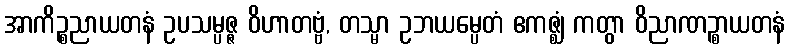
အာကိဉ္စညာယတနံ ဥပသမ္ပဇ္ဇ ဝိဟာတဗ္ဗံ, တသ္မာ ဥဘယမ္ပေတံ ဧကဇ္ဈံ ကတွာ ဝိညာဏဉ္စာယတနံ